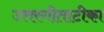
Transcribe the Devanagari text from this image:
उत्तरगीताटीका